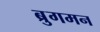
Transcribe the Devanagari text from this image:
ब्रुगमन